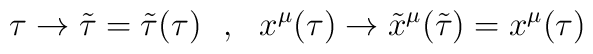
\tau\rightarrow\tilde{\tau}=\tilde{\tau}(\tau)\ \ ,\ \ x^\mu(\tau)\rightarrow\tilde{x}^\mu(\tilde{\tau})=x^\mu(\tau)